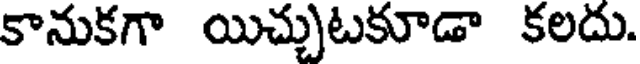
కానుకగా యిచ్చుటకూడా కలదు.